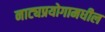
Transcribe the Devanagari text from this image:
नाट्यप्रयोगामधील